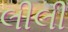
લીલી